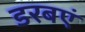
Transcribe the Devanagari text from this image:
डरबएं